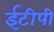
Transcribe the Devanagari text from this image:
ईटीपी